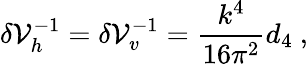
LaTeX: \delta\mathcal{V}_{h}^{-1}=\delta\mathcal{V}_{v}^{-1}={\frac{{k^{4}}}{{16\pi^{2}}}}d_{4}~,